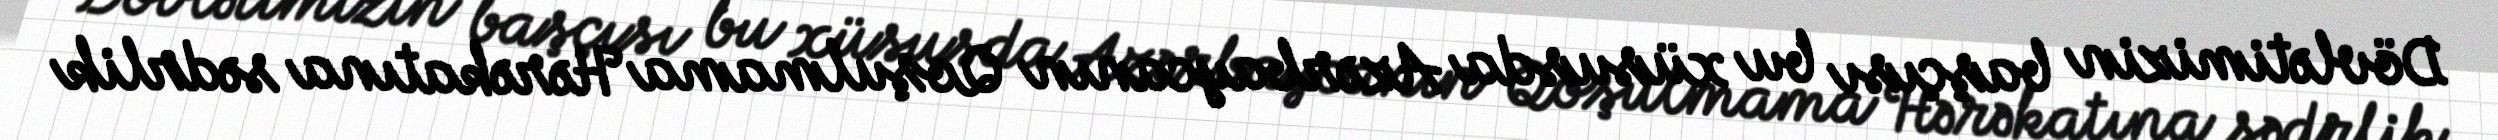
Dövlətimizin başçısı bu xüsusda Azərbaycanın Qoşulmama Hərəkatına sədrlik